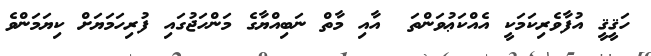
ހަޤީޤީ އުފާވެރިކަމަކީ އެއްކަޢުވަންތަ  އާއި މާތް ނަބިއްޔާގެ މަންހަޖުގައި ފުރިހަަމަޔަށް ކިޔަމަންވެ